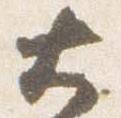
大